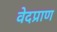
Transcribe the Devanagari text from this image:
वेदप्राण